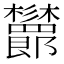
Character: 𣡨